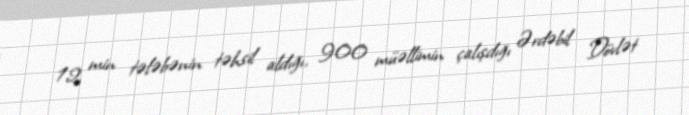
12 min tələbənin təhsil aldığı, 900 müəllimin çalışdığı Ərdəbil Dövlət